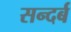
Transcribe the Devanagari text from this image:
सन्दर्ब